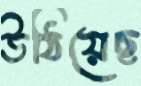
উঠিয়েছ